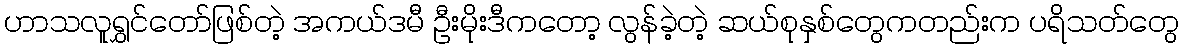
ဟာသလူရွှင်တော်ဖြစ်တဲ့ အကယ်ဒမီ ဦးမိုးဒီကတော့ လွန်ခဲ့တဲ့ ဆယ်စုနှစ်တွေကတည်းက ပရိသတ်တွေ